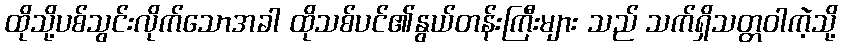
ထိုသို့ပစ်သွင်းလိုက်သောအခါ ထိုသစ်ပင်၏နွယ်တန်းကြီးများ သည် သက်ရှိသတ္တဝါကဲ့သို့